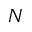
N